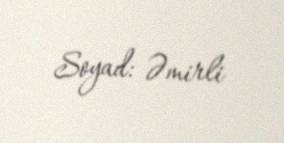
Soyad: Əmirli